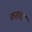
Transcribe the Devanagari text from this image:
कसवार